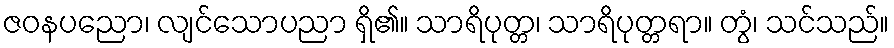
ဇဝနပညော၊ လျင်သောပညာ ရှိ၏။ သာရိပုတ္တ၊ သာရိပုတ္တရာ။ တွံ၊ သင်သည်။